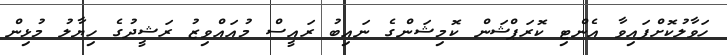
ހަވާލުކޮށްފައިވާ އެންޓި ކޮރަޕްޝަން ކޮމިޝަންގެ ނައިބު ރައީސް މުއައްވިޒު ރަޝީދުގެ ހިޔާލު މުޅިން